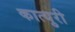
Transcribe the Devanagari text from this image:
कात्‍युरी